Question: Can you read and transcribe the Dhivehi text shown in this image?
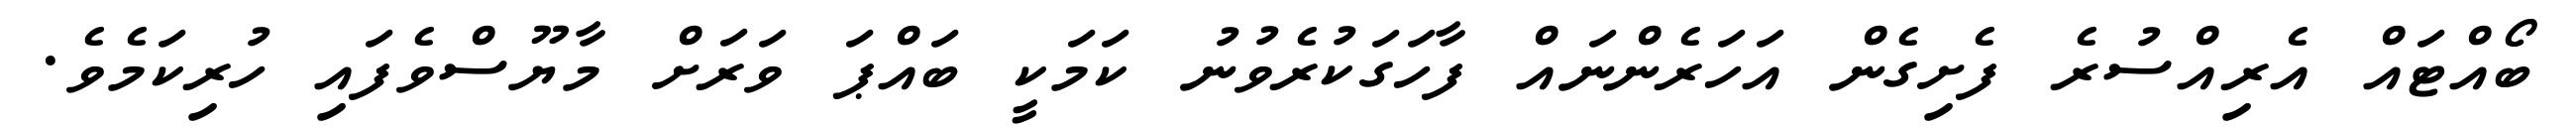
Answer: ބޯއްޓައް އެރިއްސުރެ ފެށިގެން އަހަރެންނައް ފާހަގަކުރެވުނު ކަމަކީ ބައްޕަ ވަރަށް މާޔޫސްވެފައި ހުރިކަމެވެ.